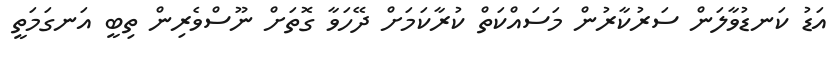
އަޑު ކަނޑުވާލަން ސަރުކާރުން މަސައްކަތް ކުރާކަމަށް ދޭހަވާ ގޮތަށް ނޫސްވެރިން ތިބީ އަނގަމަތީ